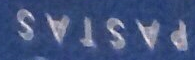
PASTAS